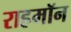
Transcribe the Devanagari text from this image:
राहमॉन